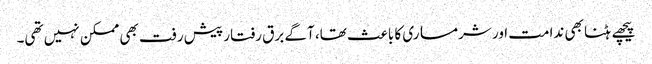
پیچھے ہٹنا بھی ندامت اور شرمساری کا باعث تھا، آگے برق رفتار پیش رفت بھی ممکن نہیں تھی۔